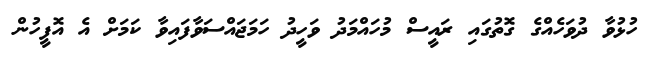
ހުޅުވާ ދުވަހެއްގެ ގޮތުގައި ރައީސް މުހައްމަދު ވަހީދު ހަމަޖައްސަވާފައިވާ ކަމަށް އެ އޮފީހުން